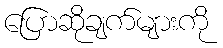
ပြောဆိုချက်များကို